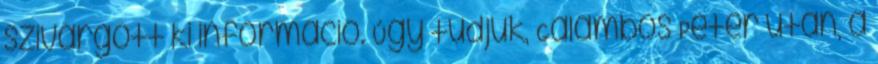
szivárgott ki információ. Úgy tudjuk, Galambos Péter után, a